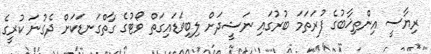
ރިޔާސީ އިންތިޚާބުގެ ފުރަތަމަ ބުރުގައި ނަޝީދަށް ލިބިވަޑައިގަތް ވޯޓުގެ ގާތްގަނޑަކަށް ދެގުނަ ކުރީގެ